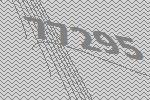
77295